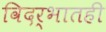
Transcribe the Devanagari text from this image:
विदर्भातही